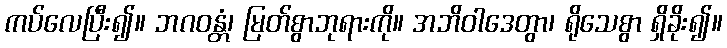
ကပ်လေပြီး၍။ ဘဂဝန္တံ၊ မြတ်စွာဘုရားကို။ အဘိဝါဒေတွာ၊ ရိုသေစွာ ရှိခိုး၍။